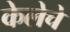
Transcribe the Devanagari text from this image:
केलेचे